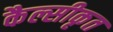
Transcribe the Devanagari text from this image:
कैल्सीकृत